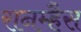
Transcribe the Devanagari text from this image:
रानम्हैस